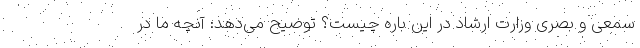
سمعی و بصری وزارت ارشاد در این باره چیست؟ توضیح می‌دهد: آنچه ما در